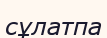
сұлатпа